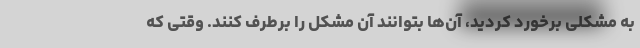
به مشکلی برخورد کردید، آن‌ها بتوانند آن مشکل را برطرف کنند. وقتی که